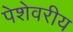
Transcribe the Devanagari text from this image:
पेशेवरीय